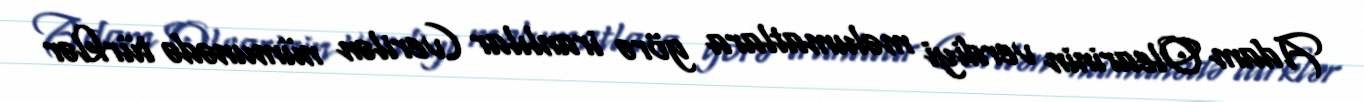
Adam Olearinin verdiyi məlumatlara görə iranlılar (verilən nümunədə türklər